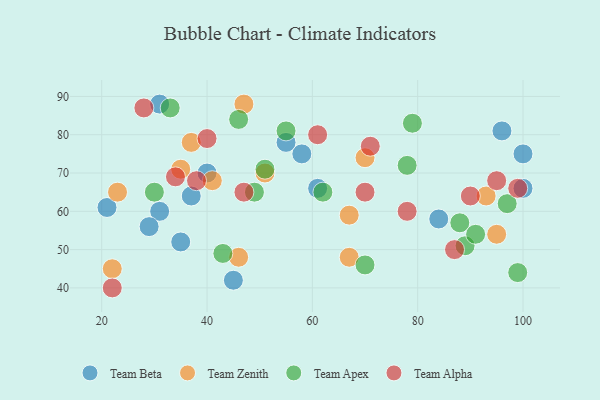
{"axis": {"x": "GDP", "y": "Life Expectancy"}, "legend": ["Team Alpha", "Team Apex", "Team Beta", "Team Zenith"], "data": [{"x": "40", "y": 70, "type": "Team Beta"}, {"x": "84", "y": 58, "type": "Team Beta"}, {"x": "21", "y": 61, "type": "Team Beta"}, {"x": "58", "y": 75, "type": "Team Beta"}, {"x": "37", "y": 64, "type": "Team Beta"}, {"x": "31", "y": 60, "type": "Team Beta"}, {"x": "35", "y": 52, "type": "Team Beta"}, {"x": "55", "y": 78, "type": "Team Beta"}, {"x": "61", "y": 66, "type": "Team Beta"}, {"x": "96", "y": 81, "type": "Team Beta"}, {"x": "100", "y": 66, "type": "Team Beta"}, {"x": "100", "y": 75, "type": "Team Beta"}, {"x": "45", "y": 42, "type": "Team Beta"}, {"x": "29", "y": 56, "type": "Team Beta"}, {"x": "31", "y": 88, "type": "Team Beta"}, {"x": "41", "y": 68, "type": "Team Zenith"}, {"x": "93", "y": 64, "type": "Team Zenith"}, {"x": "46", "y": 48, "type": "Team Zenith"}, {"x": "51", "y": 70, "type": "Team Zenith"}, {"x": "23", "y": 65, "type": "Team Zenith"}, {"x": "67", "y": 59, "type": "Team Zenith"}, {"x": "35", "y": 71, "type": "Team Zenith"}, {"x": "70", "y": 74, "type": "Team Zenith"}, {"x": "95", "y": 54, "type": "Team Zenith"}, {"x": "47", "y": 88, "type": "Team Zenith"}, {"x": "37", "y": 78, "type": "Team Zenith"}, {"x": "67", "y": 48, "type": "Team Zenith"}, {"x": "22", "y": 45, "type": "Team Zenith"}, {"x": "51", "y": 71, "type": "Team Apex"}, {"x": "78", "y": 72, "type": "Team Apex"}, {"x": "62", "y": 65, "type": "Team Apex"}, {"x": "97", "y": 62, "type": "Team Apex"}, {"x": "33", "y": 87, "type": "Team Apex"}, {"x": "89", "y": 51, "type": "Team Apex"}, {"x": "49", "y": 65, "type": "Team Apex"}, {"x": "88", "y": 57, "type": "Team Apex"}, {"x": "79", "y": 83, "type": "Team Apex"}, {"x": "99", "y": 44, "type": "Team Apex"}, {"x": "55", "y": 81, "type": "Team Apex"}, {"x": "30", "y": 65, "type": "Team Apex"}, {"x": "46", "y": 84, "type": "Team Apex"}, {"x": "91", "y": 54, "type": "Team Apex"}, {"x": "70", "y": 46, "type": "Team Apex"}, {"x": "43", "y": 49, "type": "Team Apex"}, {"x": "34", "y": 69, "type": "Team Alpha"}, {"x": "71", "y": 77, "type": "Team Alpha"}, {"x": "40", "y": 79, "type": "Team Alpha"}, {"x": "95", "y": 68, "type": "Team Alpha"}, {"x": "28", "y": 87, "type": "Team Alpha"}, {"x": "87", "y": 50, "type": "Team Alpha"}, {"x": "22", "y": 40, "type": "Team Alpha"}, {"x": "78", "y": 60, "type": "Team Alpha"}, {"x": "90", "y": 64, "type": "Team Alpha"}, {"x": "47", "y": 65, "type": "Team Alpha"}, {"x": "38", "y": 68, "type": "Team Alpha"}, {"x": "99", "y": 66, "type": "Team Alpha"}, {"x": "61", "y": 80, "type": "Team Alpha"}, {"x": "70", "y": 65, "type": "Team Alpha"}]}